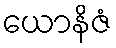
ယောနိဇံ